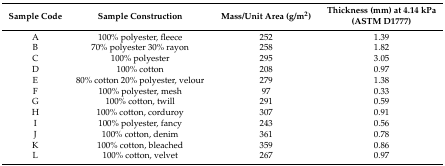
| Sample Code | Sample Construction | Mass/Unit Area (g/m2) | Thickness (mm) at 4.14 kPa (ASTM D1777) |
 | --- | --- | --- | --- |
 | A | 100% polyester, fleece | 252 | 1.39 |
 | B | 70% polyester 30% rayon | 258 | 1.82 |
 | C | 100% polyester | 295 | 3.05 |
 | D | 100% cotton | 208 | 0.97 |
 | E | 80% cotton 20% polyester, velour | 279 | 1.38 |
 | F | 100% polyester, mesh | 97 | 0.33 |
 | G | 100% cotton, twill | 291 | 0.59 |
 | H | 100% cotton, corduroy | 307 | 0.91 |
 | I | 100% polyester, fancy | 243 | 0.56 |
 | J | 100% cotton, denim | 361 | 0.78 |
 | K | 100% cotton, bleached | 359 | 0.86 |
 | L | 100% cotton, velvet | 267 | 0.97 |